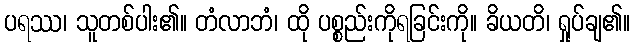
ပရဿ၊ သူတစ်ပါး၏။ တံလာဘံ၊ ထို ပစ္စည်းကိုရခြင်းကို။ ခိယတိ၊ ရှုပ်ချ၏။